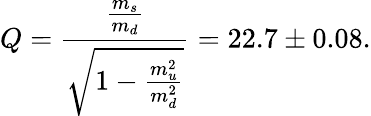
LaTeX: Q={\frac{\frac{m_{s}}{m_{d}}}{\sqrt{1-{\frac{m_{u}^{2}}{m_{d}^{2}}}}}}=22.7\pm 0.08.